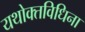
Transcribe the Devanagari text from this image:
यथोक्तविधिना